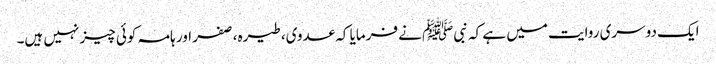
ایک دوسری روایت میں ہے کہ نبیﷺ نے فرمایا کہ عدوی، طیرہ، صفر اور ہامہ کوئی چیز نہیں ہیں۔